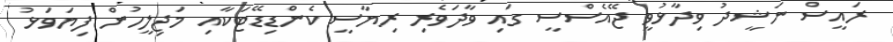
ރައީސް ނަޝީދު ވިދާޅުވީ ޖޭއެސްސީ ގައި ވާދަވެރި ރިޔާސީ ކެންޑިޑޭޓަކާއި މަޖިލީހުން ފިޔަވަޅު